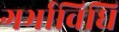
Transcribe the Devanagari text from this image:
गर्भाविधि